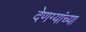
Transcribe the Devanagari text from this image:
देणग्यांच्या